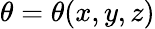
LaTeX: \theta=\theta(x,y,z)